system: You are a helpful assistant.
user:
Analyze the provided spectrum to determine if it is a **M-type Giant (gM)**.

A M-type Giant spectrum is defined by its **strong molecular absorption** features, particularly from **Titanium Oxide (TiO)**. You must check for one of the following mutually exclusive signatures:

- **Key Visual Indicators (Absorption-Dominated Spectrum):**

    - **(Primary):** The spectrum is dominated by strong molecular absorption from **Titanium Oxide (TiO)**. This is the **defining feature** of its M-type temperature class.
        - **(Key Bandheads):** Look for sharp, "saw-tooth" absorption valleys. The strongest are located near **~7050 Å**, **~6160 Å**, and **~5170 Å**.
        - **(Line Profile):** The "saw-tooth" morphology is critical: a **sharp, steep drop on the BLUE (short-wavelength) side** of the bandhead, followed by a gradual recovery (rising flux) towards the RED (long-wavelength) side.

    - **(Key Confirmation - Giant vs. Dwarf):** **ABSENCE** of strong **Calcium Hydride (CaH)** molecular bands. This is the primary diagnostic for *excluding* M-dwarfs.
        - **(Key Region):** The spectrum should lack the strong, broad absorption band seen in dwarfs between **~6800 Å and ~7000 Å**.

    - **(Secondary Confirmation - Giant):** A very strong and broad **Neutral Calcium (Ca I)** atomic absorption line.
        - **(Key Line):** Located at **~4226 Å**. In a giant (gM), this line is significantly deeper and broader than the same line in an M-dwarf (dM) due to low surface gravity.

    - **(Overall Spectrum):**
        - The continuum is **extremely red-sloping** (i.e., flux is very low in the blue and rises dramatically towards the red).
        - The entire spectrum appears "chopped up" by the deep TiO bands.

Think first, call **spectral_visualization_tool** if needed to examine features in detail, then provide your final answer. Your response must adhere to the following strict rules:
1.  **Overall Structure:** Your response must follow the format `<think>...</think> <tool_call>...</tool_call> (if a tool is used) <answer>...</answer>`.
2.  **Tool Usage Constraint:** You may only make **one** tool call per turn.
3.  **Final Answer Format:** In the `<answer>` tag, your conclusion must be inside a `\boxed{}` command (e.g., `\boxed{YES}` or `\boxed{NO}`), followed by your justification.

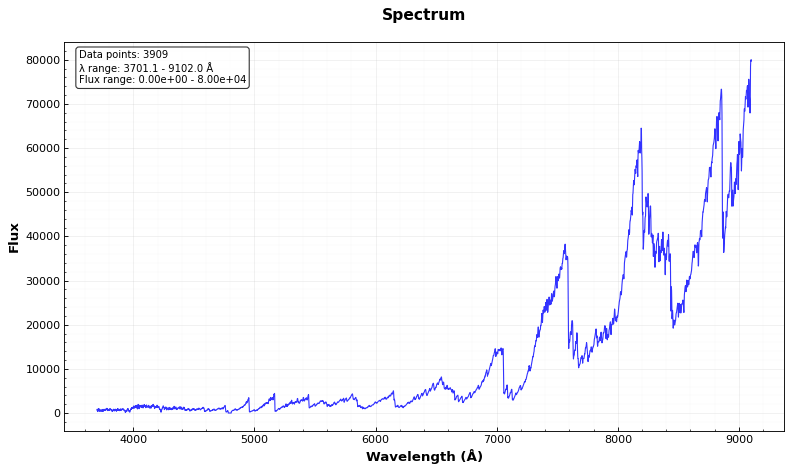
Answer: YES